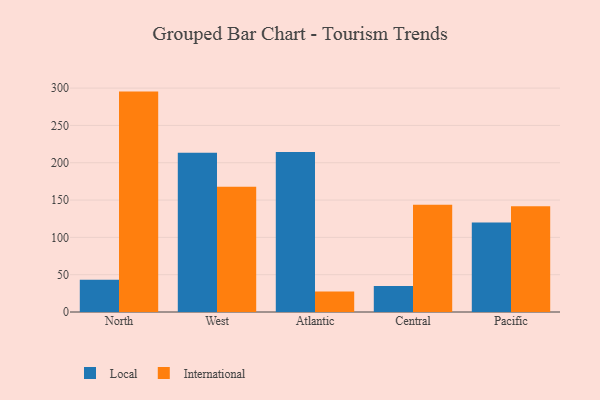
{"axis": {"x": "Region", "y": "Revenue (USD Million)"}, "legend": ["International", "Local"], "data": [{"x": "North", "y": 43.1, "type": "Local"}, {"x": "North", "y": 295.3, "type": "International"}, {"x": "West", "y": 213.3, "type": "Local"}, {"x": "West", "y": 167.8, "type": "International"}, {"x": "Atlantic", "y": 214.3, "type": "Local"}, {"x": "Atlantic", "y": 27.3, "type": "International"}, {"x": "Central", "y": 34.9, "type": "Local"}, {"x": "Central", "y": 143.6, "type": "International"}, {"x": "Pacific", "y": 119.8, "type": "Local"}, {"x": "Pacific", "y": 141.7, "type": "International"}]}